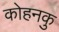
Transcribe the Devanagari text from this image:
कोहनकु